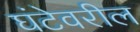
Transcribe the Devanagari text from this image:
घंटेवरील